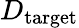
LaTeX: D_{\mathrm{target}}